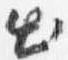
出